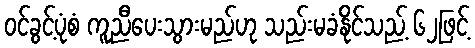
ဝင်ခွင့်ပုံစံ ကူညီပေးသွားမည်ဟု သည်းမခံနိုင်သည့် ၆၂ဖြင့်